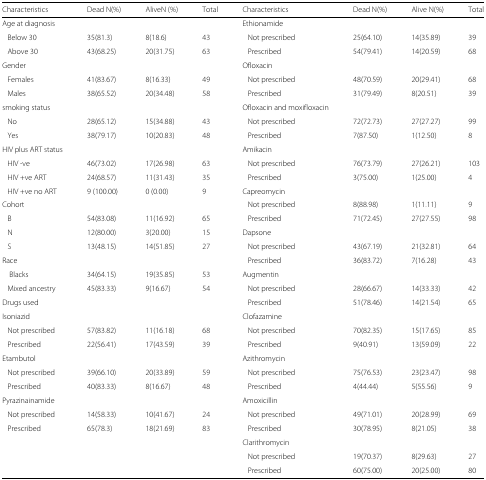
<table><thead><tr><td><b>Characteristics</b></td><td><b>Dead N(%)</b></td><td><b>AliveN (%)</b></td><td><b>Total</b></td><td><b>Characteristics</b></td><td><b>Dead N(%)</b></td><td><b>Alive N(%)</b></td><td><b>Total</b></td></tr></thead><tbody><tr><td>Age at diagnosis</td><td></td><td></td><td></td><td>Ethionamide</td><td></td><td></td><td></td></tr><tr><td>Below 30</td><td>35(81.3)</td><td>8(18.6)</td><td>43</td><td>Not prescribed</td><td>25(64.10)</td><td>14(35.89)</td><td>39</td></tr><tr><td>Above 30</td><td>43(68.25)</td><td>20(31.75)</td><td>63</td><td>Prescribed</td><td>54(79.41)</td><td>14(20.59)</td><td>68</td></tr><tr><td>Gender</td><td></td><td></td><td></td><td>Ofloxacin</td><td></td><td></td><td></td></tr><tr><td>Females</td><td>41(83.67)</td><td>8(16.33)</td><td>49</td><td>Not prescribed</td><td>48(70.59)</td><td>20(29.41)</td><td>68</td></tr><tr><td>Males</td><td>38(65.52)</td><td>20(34.48)</td><td>58</td><td>Prescribed</td><td>31(79.49)</td><td>8(20.51)</td><td>39</td></tr><tr><td>smoking status</td><td></td><td></td><td></td><td>Ofloxacin and moxifloxacin</td><td></td><td></td><td></td></tr><tr><td>No</td><td>28(65.12)</td><td>15(34.88)</td><td>43</td><td>Not prescribed</td><td>72(72.73)</td><td>27(27.27)</td><td>99</td></tr><tr><td>Yes</td><td>38(79.17)</td><td>10(20.83)</td><td>48</td><td>Prescribed</td><td>7(87.50)</td><td>1(12.50)</td><td>8</td></tr><tr><td>HIV plus ART status</td><td></td><td></td><td></td><td>Amikacin</td><td></td><td></td><td></td></tr><tr><td>HIV -ve</td><td>46(73.02)</td><td>17(26.98)</td><td>63</td><td>Not prescribed</td><td>76(73.79)</td><td>27(26.21)</td><td>103</td></tr><tr><td>HIV +ve ART</td><td>24(68.57)</td><td>11(31.43)</td><td>35</td><td>Prescribed</td><td>3(75.00)</td><td>1(25.00)</td><td>4</td></tr><tr><td>HIV +ve no ART</td><td>9 (100.00)</td><td>0 (0.00)</td><td>9</td><td>Capreomycin</td><td></td><td></td><td></td></tr><tr><td>Cohort</td><td></td><td></td><td></td><td>Not prescribed</td><td>8(88.98)</td><td>1(11.11)</td><td>9</td></tr><tr><td>B</td><td>54(83.08)</td><td>11(16.92)</td><td>65</td><td>Prescribed</td><td>71(72.45)</td><td>27(27.55)</td><td>98</td></tr><tr><td>N</td><td>12(80.00)</td><td>3(20.00)</td><td>15</td><td>Dapsone</td><td></td><td></td><td></td></tr><tr><td>S</td><td>13(48.15)</td><td>14(51.85)</td><td>27</td><td>Not prescribed</td><td>43(67.19)</td><td>21(32.81)</td><td>64</td></tr><tr><td>Race</td><td></td><td></td><td></td><td>Prescribed</td><td>36(83.72)</td><td>7(16.28)</td><td>43</td></tr><tr><td>Blacks</td><td>34(64.15)</td><td>19(35.85)</td><td>53</td><td>Augmentin</td><td></td><td></td><td></td></tr><tr><td>Mixed ancestry</td><td>45(83.33)</td><td>9(16.67)</td><td>54</td><td>Not prescribed</td><td>28(66.67)</td><td>14(33.33)</td><td>42</td></tr><tr><td>Drugs used</td><td></td><td></td><td></td><td>Prescribed</td><td>51(78.46)</td><td>14(21.54)</td><td>65</td></tr><tr><td>Isoniazid</td><td></td><td></td><td></td><td>Clofazamine</td><td></td><td></td><td></td></tr><tr><td>Not prescribed</td><td>57(83.82)</td><td>11(16.18)</td><td>68</td><td>Not prescribed</td><td>70(82.35)</td><td>15(17.65)</td><td>85</td></tr><tr><td>Prescribed</td><td>22(56.41)</td><td>17(43.59)</td><td>39</td><td>Prescribed</td><td>9(40.91)</td><td>13(59.09)</td><td>22</td></tr><tr><td>Etambutol</td><td></td><td></td><td></td><td>Azithromycin</td><td></td><td></td><td></td></tr><tr><td>Not prescribed</td><td>39(66.10)</td><td>20(33.89)</td><td>59</td><td>Not prescribed</td><td>75(76.53)</td><td>23(23.47)</td><td>98</td></tr><tr><td>Prescribed</td><td>40(83.33)</td><td>8(16.67)</td><td>48</td><td>Prescribed</td><td>4(44.44)</td><td>5(55.56)</td><td>9</td></tr><tr><td>Pyrazinainamide</td><td></td><td></td><td></td><td>Amoxicillin</td><td></td><td></td><td></td></tr><tr><td>Not prescribed</td><td>14(58.33)</td><td>10(41.67)</td><td>24</td><td>Not prescribed</td><td>49(71.01)</td><td>20(28.99)</td><td>69</td></tr><tr><td>Prescribed</td><td>65(78.3)</td><td>18(21.69)</td><td>83</td><td>Prescribed</td><td>30(78.95)</td><td>8(21.05)</td><td>38</td></tr><tr><td></td><td></td><td></td><td></td><td>Clarithromycin</td><td></td><td></td><td></td></tr><tr><td></td><td></td><td></td><td></td><td>Not prescribed</td><td>19(70.37)</td><td>8(29.63)</td><td>27</td></tr><tr><td></td><td></td><td></td><td></td><td>Prescribed</td><td>60(75.00)</td><td>20(25.00)</td><td>80</td></tr></tbody></table>